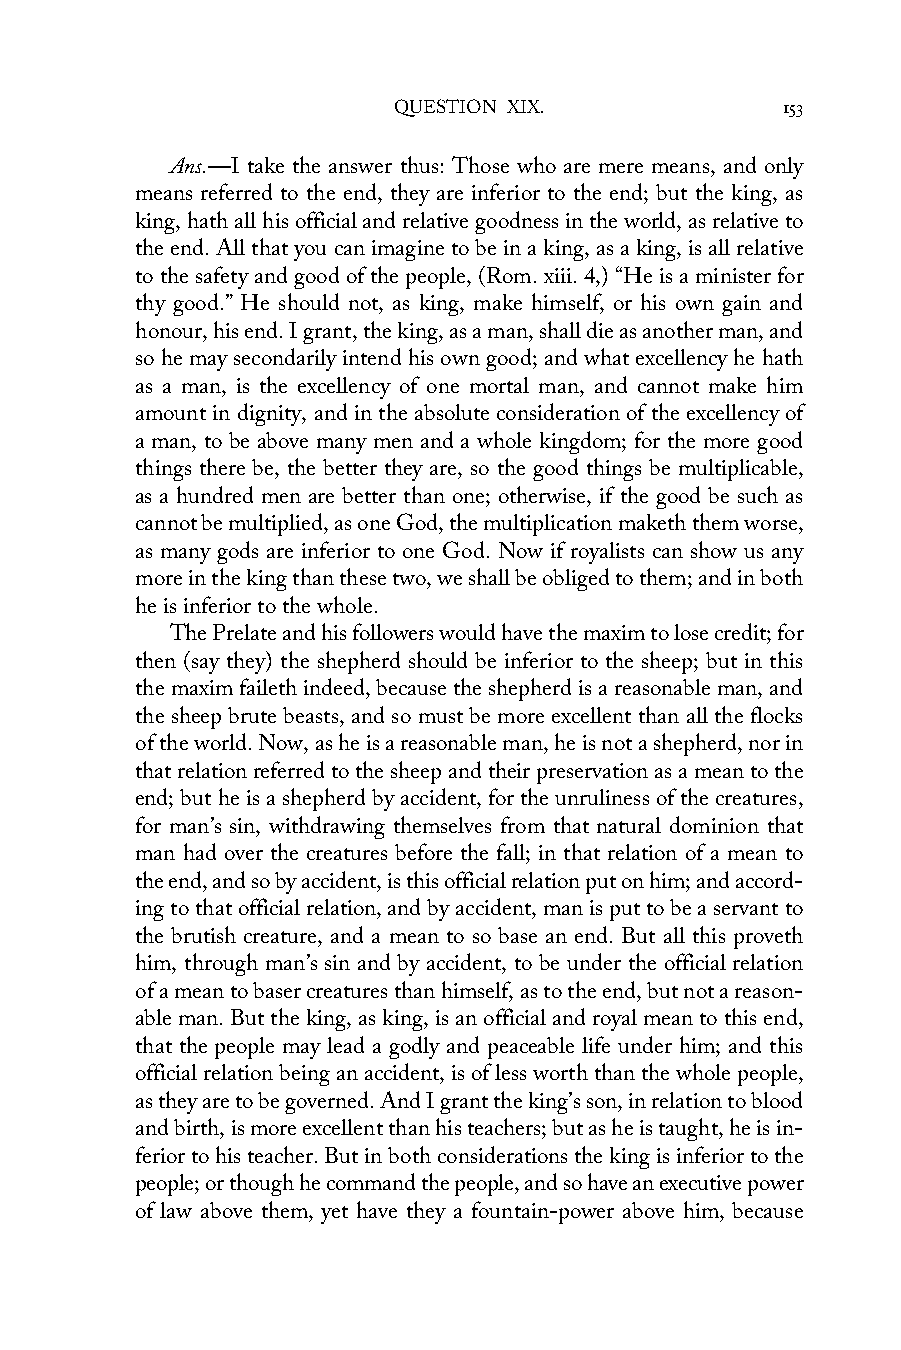
QUESTION XIX.             153
 Ans.—I take the answer thus: Those who are mere means, and only
 means referred to the end, they are inferior to the end; but the king, as
 king, hath all his official and relative goodness in the world, as relative to
 the end. All that you can imagine to be in a king, as a king, is all relative
 to the safety and good of the people, (Rom. xiii. 4,) “He is a minister for
 thy good.” He should not, as king, make himself, or his own gain and
 honour, his end. I grant, the king, as a man, shall die as another man, and
 so he may secondarily intend his own good; and what excellency he hath
 as a man, is the excellency of one mortal man, and cannot make him
 amount in dignity, and in the absolute consideration of the excellency of
 a man, to be above many men and a whole kingdom; for the more good
 things there be, the better they are, so the good things be multiplicable,
 as a hundred men are better than one; otherwise, if the good be such as
 cannot be multiplied, as one God, the multiplication maketh them worse,
 as many gods are inferior to one God. Now if royalists can show us any
 more in the king than these two, we shall be obliged to them; and in both
 he is inferior to the whole.
 The Prelate and his followers would have the maxim to lose credit; for
 then (say they) the shepherd should be inferior to the sheep; but in this
 the maxim faileth indeed, because the shepherd is a reasonable man, and
 the sheep brute beasts, and so must be more excellent than all the flocks
 of the world. Now, as he is a reasonable man, he is not a shepherd, nor in
 that relation referred to the sheep and their preservation as a mean to the
 end; but he is a shepherd by accident, for the unruliness of the creatures,
 for man’s sin, withdrawing themselves from that natural dominion that
 man had over the creatures before the fall; in that relation of a mean to
 the end, and so by accident, is this official relation put on him; and accord-
 ing to that official relation, and by accident, man is put to be a servant to
 the brutish creature, and a mean to so base an end. But all this proveth
 him, through man’s sin and by accident, to be under the official relation
 of a mean to baser creatures than himself, as to the end, but not a reason-
 able man. But the king, as king, is an official and royal mean to this end,
 that the people may lead a godly and peaceable life under him; and this
 official relation being an accident, is of less worth than the whole people,
 as they are to be governed. And I grant the king’s son, in relation to blood
 and birth, is more excellent than his teachers; but as he is taught, he is in-
 ferior to his teacher. But in both considerations the king is inferior to the
 people; or though he command the people, and so have an executive power
 of law above them, yet have they a fountain-power above him, because